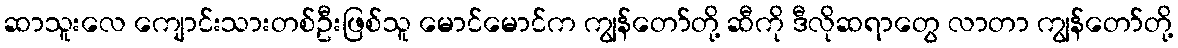
ဆာသူးလေ ကျောင်းသားတစ်ဦးဖြစ်သူ မောင်မောင်က ကျွန်တော်တို့ ဆီကို ဒီလိုဆရာတွေ လာတာ ကျွန်တော်တို့